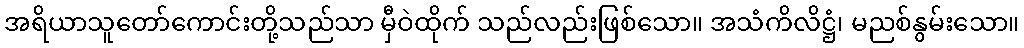
အရိယာသူတော်ကောင်းတို့သည်သာ မှီဝဲထိုက် သည်လည်းဖြစ်သော။ အသံကိလိဋ္ဌံ၊ မညစ်နွမ်းသော။